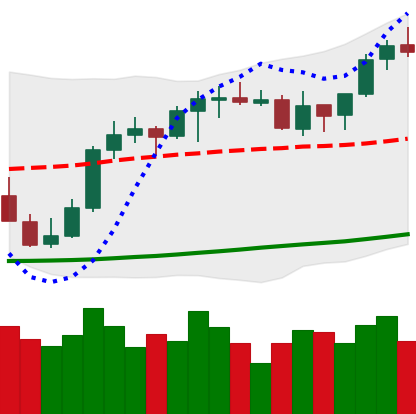
Ticker: ETH-USD
Chart end date: 2021-10-16
Forward return: 5.846%
Label: up_5_7